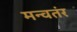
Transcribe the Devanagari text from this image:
मन्वतंर